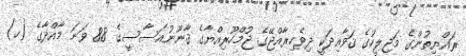
ރައްޔިތުންގެ މަޖިލީހުގެ ޤަވާއިދަކީ ދިވެހިރާއްޖޭގެ ޖުމްހޫރިއްޔާގެ ޤާނޫނުއަސާސީގެ 88 ވަނަ މާއްދާގެ (ހ)